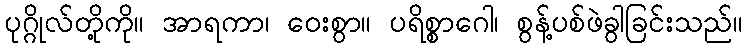
ပုဂ္ဂိုလ်တို့ကို။ အာရကာ၊ ဝေးစွာ။ ပရိစ္စာဂေါ၊ စွန့်ပစ်ဖဲခွါခြင်းသည်။